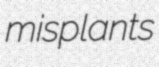
misplants